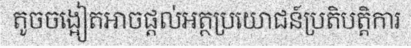
តូចចង្អៀតអាចផ្តល់អត្ថប្រយោជន៍ប្រតិបត្តិការ